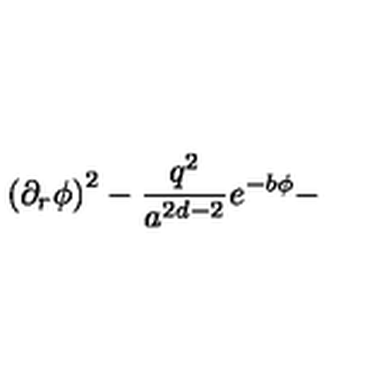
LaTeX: \left( \partial _ { r } \phi \right) ^ { 2 } - \frac { q ^ { 2 } } { a ^ { 2 d - 2 } } e ^ { - b \phi } -